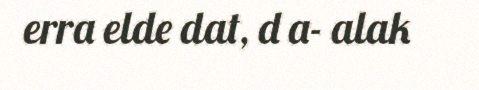
erra elde dat, d a- alak